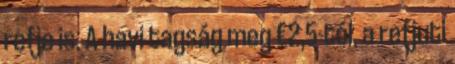
refje is. A havi tagság meg €2,5-tól. a refjuti